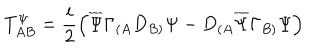
LaTeX: T _ { A B } ^ { \Psi } = \frac { i } { 2 } \left( \overline { { \Psi } } \Gamma _ { ( A } D _ { B ) } \Psi - D _ { ( A } \overline { { \Psi } } \Gamma _ { B ) } \Psi \right)